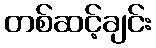
တစ်ဆင့်ချင်း